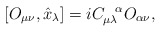
\begin{align*}[O_{\mu\nu},\hat{x}_\lambda]=iC_{\mu\lambda}^{\ \ \alpha}O_{\alpha\nu},\end{align*}